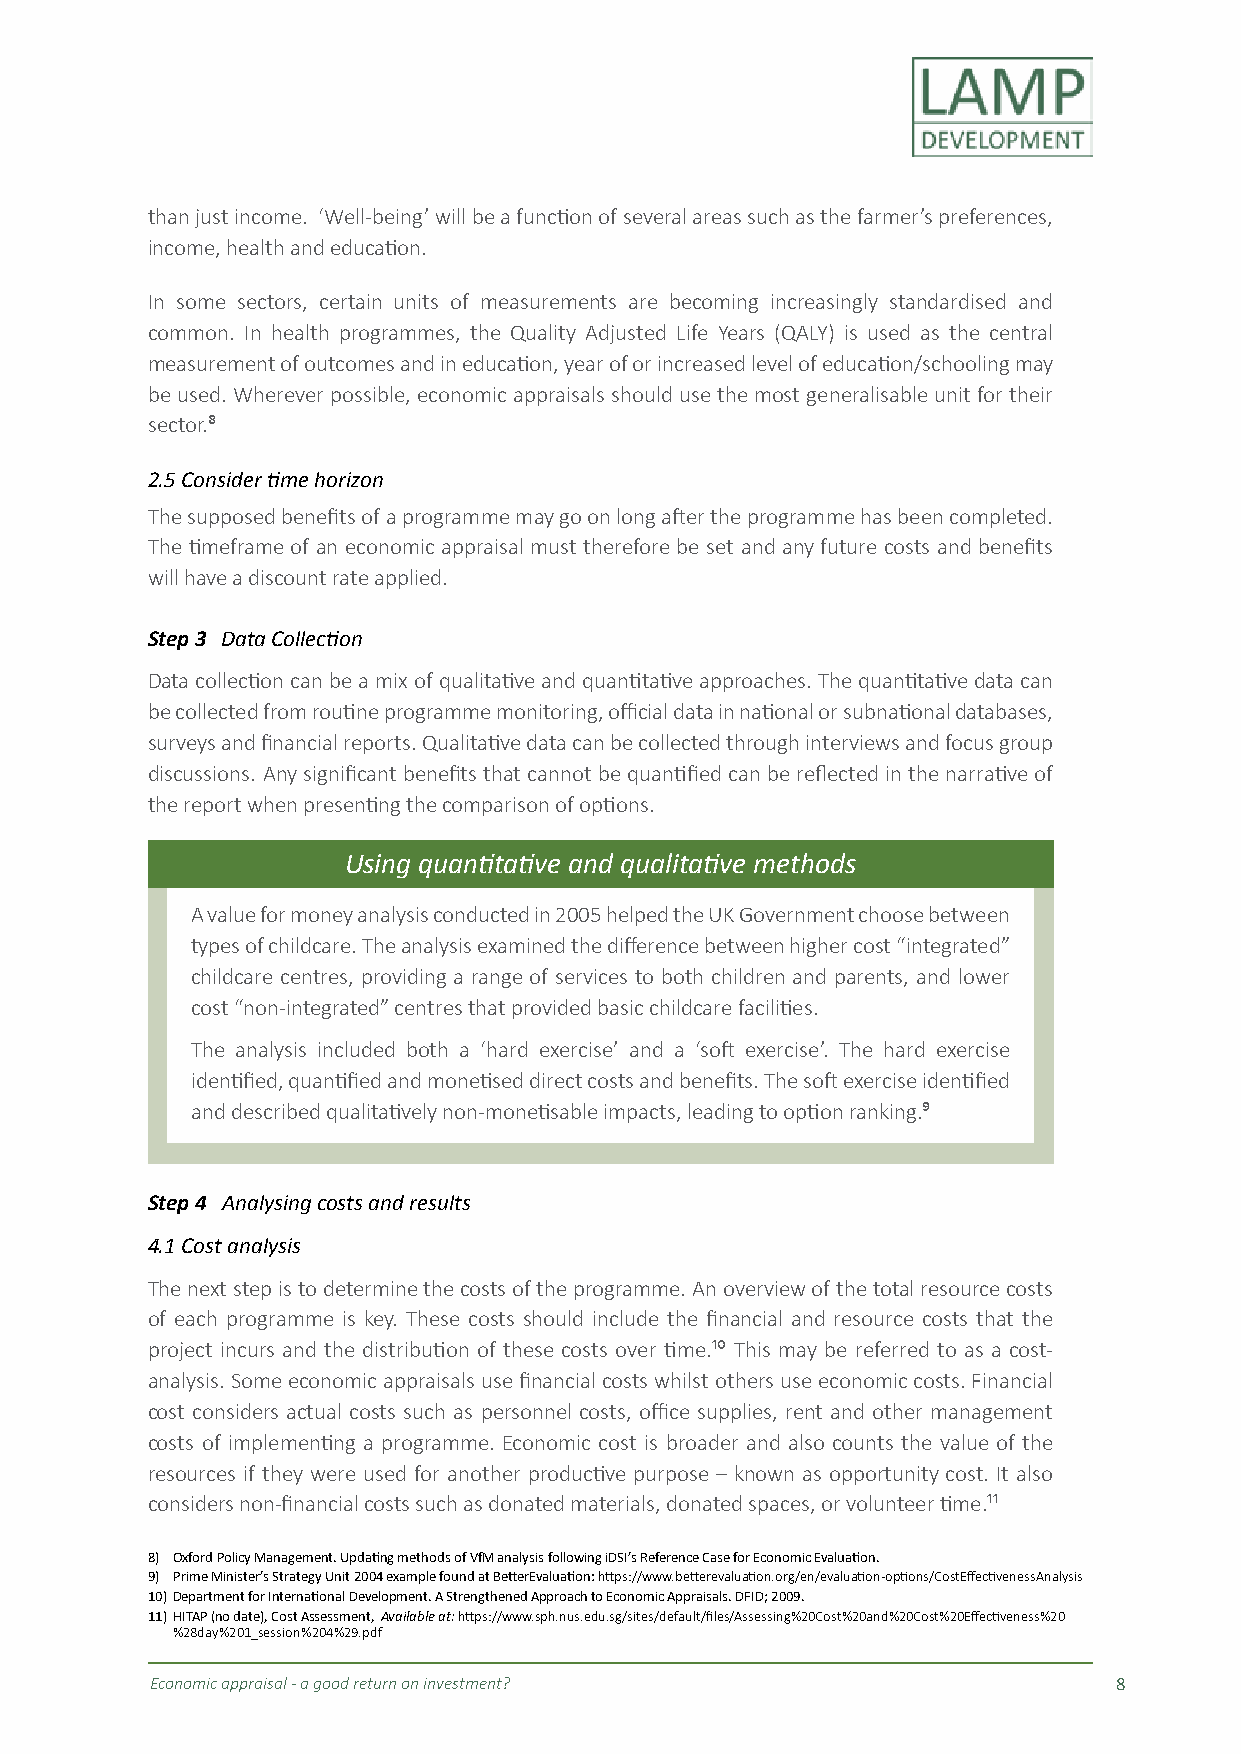
than just income. ‘Well-being’ will be a function of several areas such as the farmer’s preferences,
 income, health and education.
 In some sectors, certain units of measurements are becoming increasingly standardised and
 common. In health programmes, the Quality Adjusted Life Years (QALY) is used as the central
 measurement of outcomes and in education, year of or increased level of education/schooling may
 be used. Wherever possible, economic appraisals should use the most generalisable unit for their
 sector.⁸
 2.5 Consider time horizon
 The supposed benefits of a programme may go on long after the programme has been completed.
 The timeframe of an economic appraisal must therefore be set and any future costs and benefits
 will have a discount rate applied.
 Step 3 Data Collection
 Data collection can be a mix of qualitative and quantitative approaches. The quantitative data can
 be collected from routine programme monitoring, official data in national or subnational databases,
 surveys and financial reports. Qualitative data can be collected through interviews and focus group
 discussions. Any significant benefits that cannot be quantified can be reflected in the narrative of
 the report when presenting the comparison of options.
 Using quantitative and qualitative methods
 A value for money analysis conducted in 2005 helped the UK Government choose between
 types of childcare. The analysis examined the difference between higher cost “integrated”
 childcare centres, providing a range of services to both children and parents, and lower
 cost “non-integrated” centres that provided basic childcare facilities.
 The analysis included both a ‘hard exercise’ and a ‘soft exercise’. The hard exercise
 identified, quantified and monetised direct costs and benefits. The soft exercise identified
 and described qualitatively non-monetisable impacts, leading to option ranking.⁹
 Step 4 Analysing costs and results
 4.1 Cost analysis
 The next step is to determine the costs of the programme. An overview of the total resource costs
 of each programme is key. These costs should include the financial and resource costs that the
 project incurs and the distribution of these costs over time.¹⁰ This may be referred to as a cost-
 analysis. Some economic appraisals use financial costs whilst others use economic costs. Financial
 cost considers actual costs such as personnel costs, office supplies, rent and other management
 costs of implementing a programme. Economic cost is broader and also counts the value of the
 resources if they were used for another productive purpose – known as opportunity cost. It also
 considers non-financial costs such as donated materials, donated spaces, or volunteer time.¹¹
 8) Oxford Policy Management. Updating methods of VfM analysis following iDSI’s Reference Case for Economic Evaluation.
 9) Prime Minister’s Strategy Unit 2004 example found at BetterEvaluation: https://www.betterevaluation.org/en/evaluation-options/CostEffectivenessAnalysis
 10) Department for International Development. A Strengthened Approach to Economic Appraisals. DFID; 2009.
 11) HITAP (no date), Cost Assessment, Available at: https://www.sph.nus.edu.sg/sites/default/files/Assessing%20Cost%20and%20Cost%20Effectiveness%20
 %28day%201_session%204%29.pdf
 Economic appraisal - a good return on investment?               8